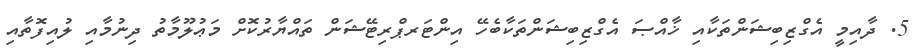
5. ދާއިމީ އެގްޒިބިޝަންތަކާއި ޚާއްޞަ އެގްޒިބިޝަންތަކާބެހޭ އިންޓަރޕްރިޓޭޝަން ތައްޔާރުކޮށް މަޢުލޫމާތު ދިނުމާއި ލުއިފޮތާއި